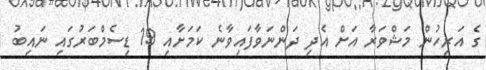
ގެ އަރިހުން މަޝްވަރާ އަށް އެދި ދަންނަވާފައިވާނެ ކަމަށާއި 19 ޑިސެމްބަރުގައި ނައިބު